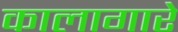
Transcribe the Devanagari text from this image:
कालागारे